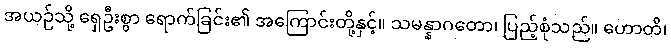
အယဉ်သို့ ရှေဦးစွာ ရောက်ခြင်း၏ အကြောင်းတို့နှင့်။ သမန္နာဂတော၊ ပြည့်စုံသည်။ ဟောတိ၊